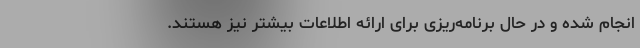
انجام شده و در حال برنامه‌ریزی برای ارائه اطلاعات بیشتر نیز هستند.